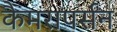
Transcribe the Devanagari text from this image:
कैमरापर्सन